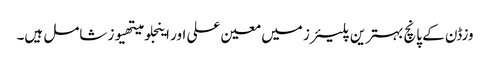
وزڈن کے پانچ بہترین پلیئرز میں معین علی اور اینجلو میتھیوز شامل ہیں۔